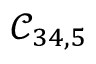
\mathcal { C } _ { 3 4 , 5 }